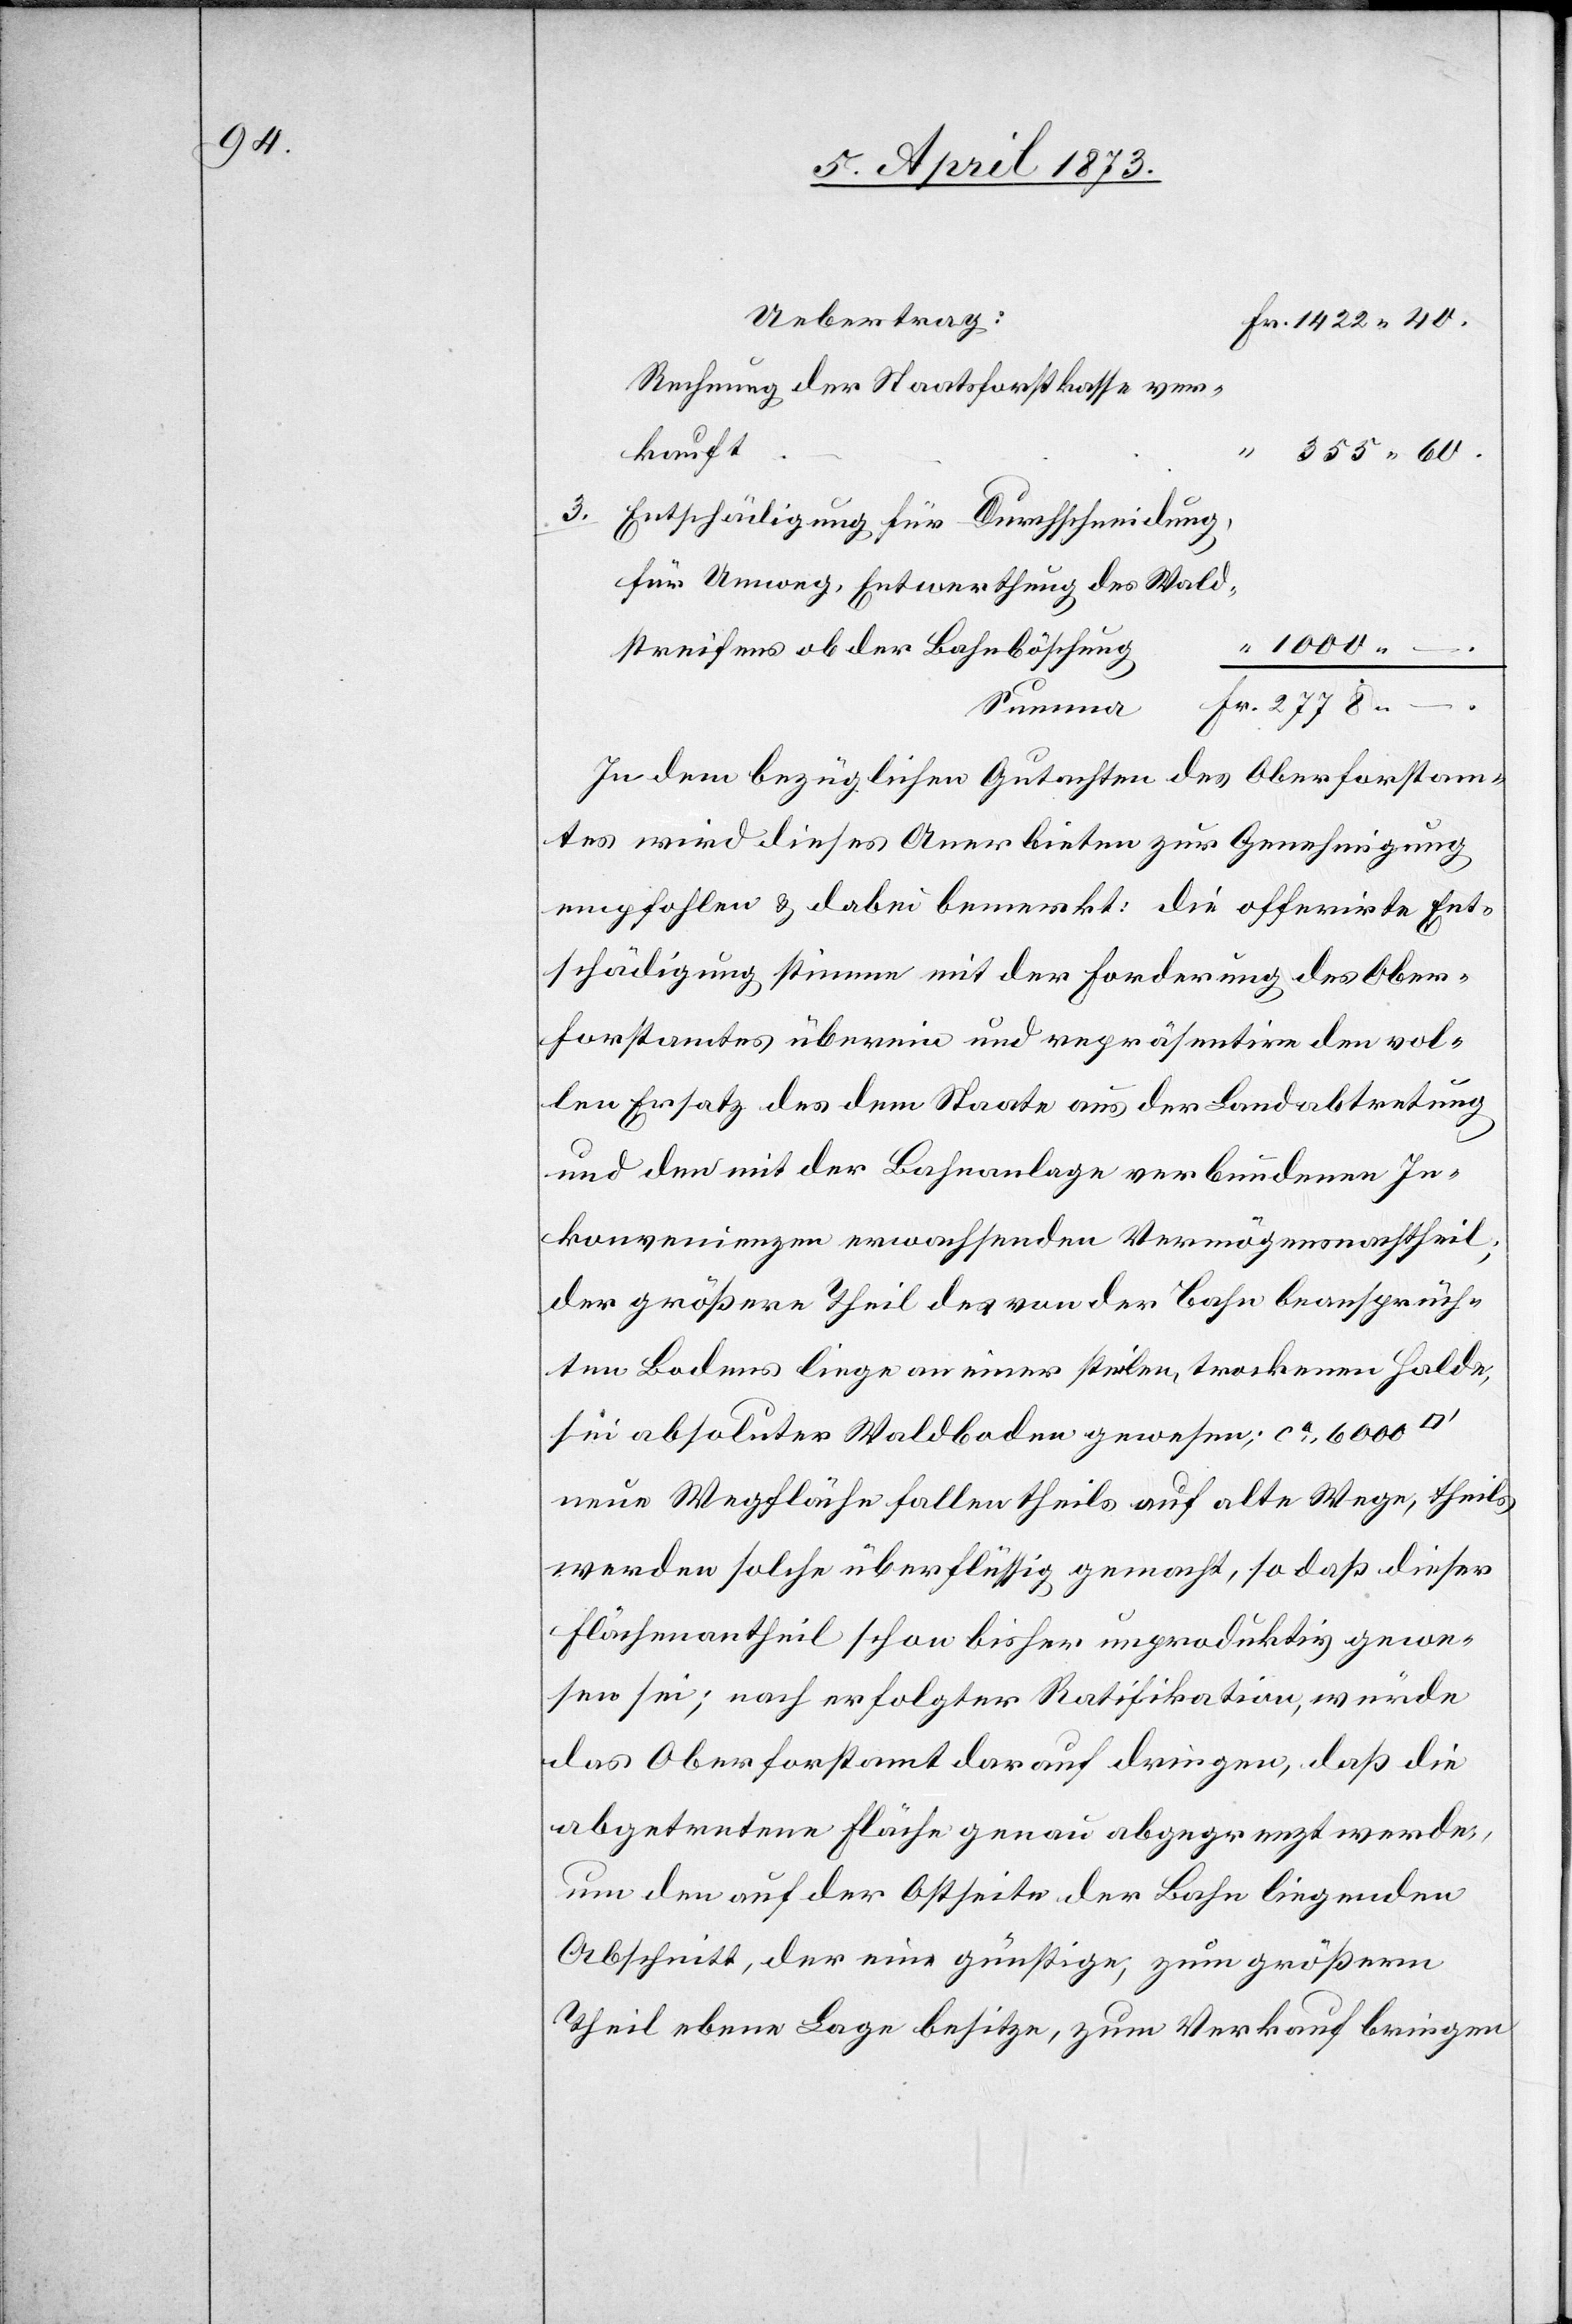
Uebertrag:
Fr. 1422 40.
Rechnung der Staatsforstkasse ver¬
kauft
355 60.
3.
Entschädigung für Durchschneidung,
für Umweg, Entwerthung des Wald¬
streifens ab der Bahnböschung
Fr. 2778.
–.
Summe
In dem bezüglichen Gutachten des Oberforstam¬
tes wird dieses Anerbieten zur Genehmigung
empfohlen & dabei bemerkt: die offerirte Ent¬
schädigung stimme mit der Forderung des Ober¬
forstamtes überein und repräsentire den vol¬
len Ersatz des dem Staate aus der Landabtretung
“
und den mit der Bahnanlage verbundenen In¬
konvenienzen erwachsenden Vermögensnachtheil;
der größere Theil des von der Bahn beanspruch¬
ten Bodens liege an einer steilen, trockenen Halde,
sei absoluter Waldboden gewesen; ca. 6000
neue Wegfläche fallen theils auf alte Wege, theils
werden solche überflüssig gemacht, so daß dieser
Flächenantheil schon bisher unproduktiv gewe¬
sen sei; nach erfolgter Ratifikation, würde
das Oberforstamt darauf dringen, daß die
abgetretene Fläche genau abgegrenzt werde,
um den auf der Ostseite der Bahn liegenden
Abschnitt, der eine günstige, zum größern
Theil ebene Lage besitze, zum Verkauf bringen